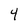
Character: 4